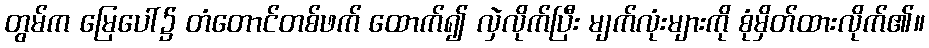
တွမ်က မြေပေါ်၌ တံတောင်တစ်ဖက် ထောက်၍ လှဲလိုက်ပြီး မျက်လုံးများကို စုံမှိတ်ထားလိုက်၏။